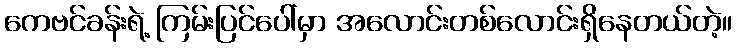
ကေဗင်ခန်းရဲ့ ကြမ်းပြင်ပေါ်မှာ အလောင်းတစ်လောင်းရှိနေတယ်တဲ့။